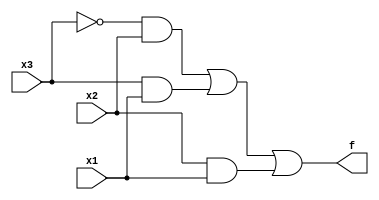
// f = x3'x2x1' + x3'x2x1 + x3x2'x1 + x3x2x1
// 
// fx = x3'x2 + x3x1 + x2x1


module top_module( 
    input x3,
    input x2,
    input x1,  // three inputs
    output f   // one output
);

    assign f = (~x3 & x2) | (x3 & x1) | (x2 & x1);

endmodule